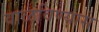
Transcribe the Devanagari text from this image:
वाळविण्यास